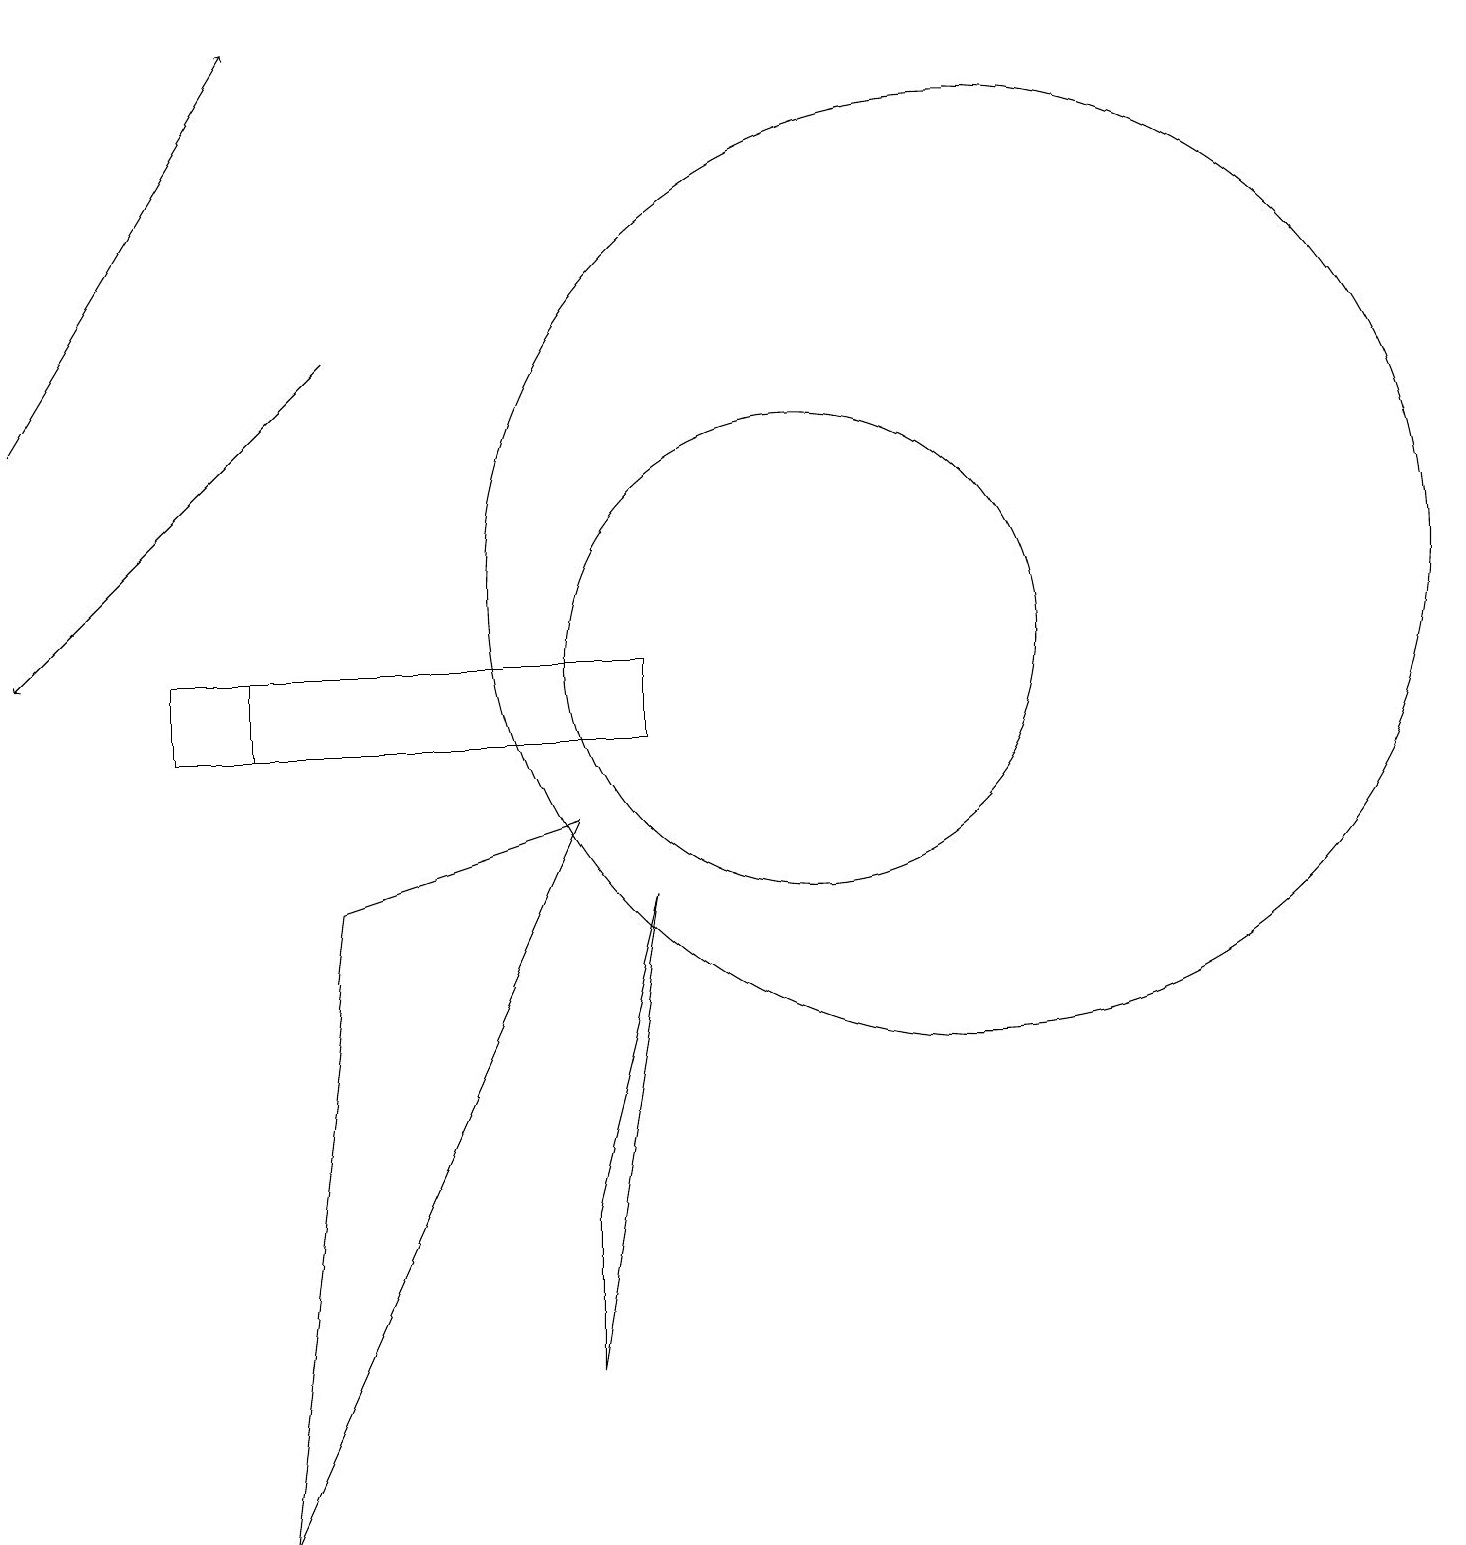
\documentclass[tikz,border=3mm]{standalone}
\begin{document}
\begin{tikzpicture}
\draw[->] (4,15) -- (0,11);
\draw (3,11) rectangle (2,10);
\draw[->] (0,14) -- (3,19);
\draw (7,4) -- (8,8) -- (7,2) -- cycle;
\draw (10,11) circle (3);
\draw (12,12) circle (6);
\draw (7,9) -- (4,8) -- (3,0) -- cycle;
\draw (8,10) rectangle (3,11);
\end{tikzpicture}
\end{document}